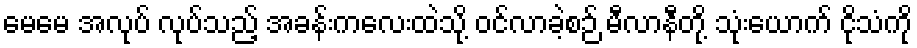
မေမေ အလုပ် လုပ်သည့် အခန်းကလေးထဲသို့ ဝင်လာခဲ့စဉ် မီလာနီတို့ သုံးယောက် ငိုသံကို